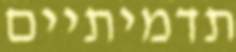
תדמיתיים